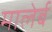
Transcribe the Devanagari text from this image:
मालेर्ब